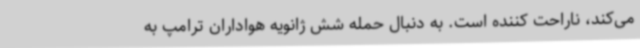
می‌کند، ناراحت کننده است. به دنبال حمله شش ژانویه هواداران ترامپ به